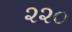
૨૨૦